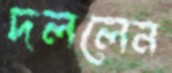
দললেন